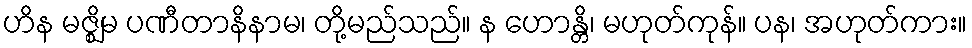
ဟိန မဇ္ဈိမ ပဏီတာနိနာမ၊ တို့မည်သည်။ န ဟောန္တိ၊ မဟုတ်ကုန်။ ပန၊ အဟုတ်ကား။